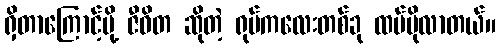
ရှိတာကြောင့်မို့ ဇီဝိတ ဆိုတဲ့ ရုပ်ကလေးတစ်ခု ထပ်ပိုလာတယ်။